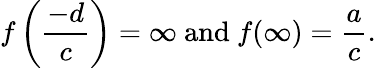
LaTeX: f\left({\frac{-d}{c}}\right)=\infty{\mathrm{~and~}}f(\infty)={\frac{a}{c}}.